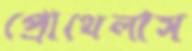
প্রোথেলাস